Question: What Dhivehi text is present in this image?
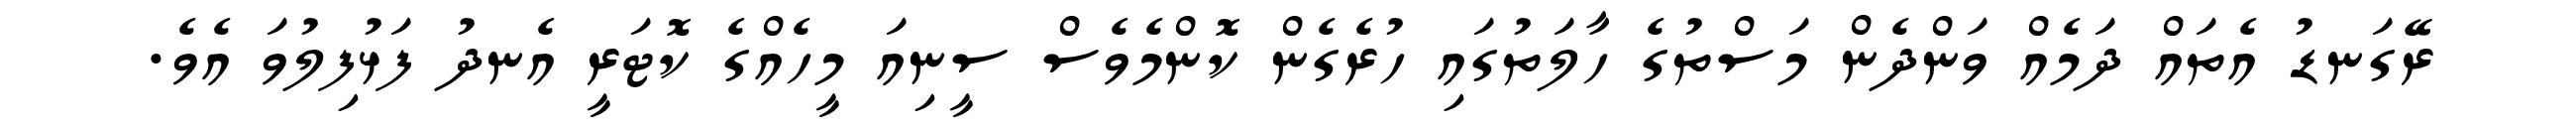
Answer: ރޭގަނޑު އެތައް ދަމެއް ވަންދެން މަސްތުގެ ހާލަތުގައި ހުރެގެން ކޮންމެވެސް ސީނިއަ މީހެއްގެ ކޮޓަރީ އެނދު ފަޅުފިލުވަ އެވެ.